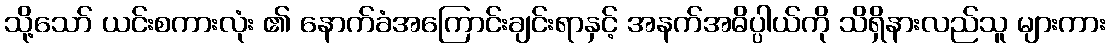
သို့သော် ယင်းစကားလုံး ၏ နောက်ခံအကြောင်းချင်းရာနှင့် အနက်အဓိပ္ပါယ်ကို သိရှိနားလည်သူ များကား